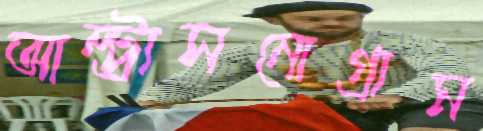
আল্ট্রাসনোগ্রাম